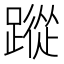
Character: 蹤